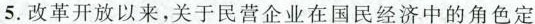
5.改革开放以来，关于民营企业在国民经济中的角色定